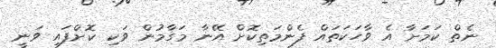
ނެތް ކަމަށާ އެ ވާހަކަތައް ފެންމަތިކޮށް އޭނާ މަގާމުން ވަކި ކޮށްފައި ވަނީ